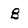
Character: B